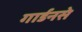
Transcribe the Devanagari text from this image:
गार्डनसे